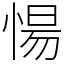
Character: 愓